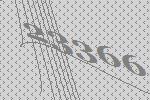
23366